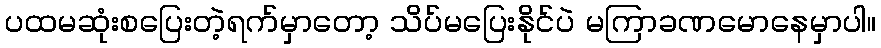
ပထမဆုံးစပြေးတဲ့ရက်မှာတော့ သိပ်မပြေးနိုင်ပဲ မကြာခဏမောနေမှာပါ။